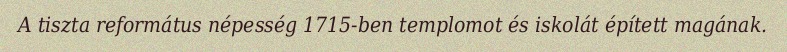
A tiszta református népesség 1715-ben templomot és iskolát épített magának.